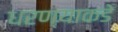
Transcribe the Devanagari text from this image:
धरण्याकडे